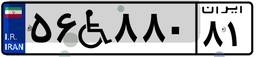
۷۲W۸۷۳۷۳